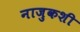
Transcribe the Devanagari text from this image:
नाजुकशी